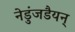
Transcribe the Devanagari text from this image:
नेडुंजडैयन्